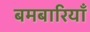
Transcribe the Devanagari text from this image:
बमबारियाँ